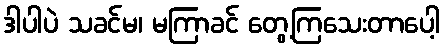
ဒါပါပဲ သခင်မ၊ မကြာခင် တွေ့ကြသေးတာပေါ့